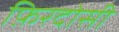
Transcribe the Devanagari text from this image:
फ़िरदोसी